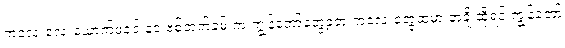
ကလေးလေးယောက်ဖခင် ဒေးဗစ်ဘက်ခမ်းက ကျွန်တော်တွေ့ခဲ့တဲ့ ကလေးတွေထဲမှာ တချို့ဆိုရင် ကျွန်တော့်